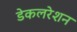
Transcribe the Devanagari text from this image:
डेकलरेशन